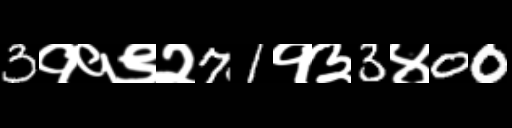
Text: 3११९२71१३3४00